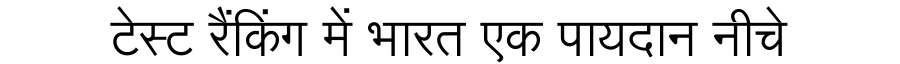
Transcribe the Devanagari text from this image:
टेस्ट रैंकिंग में भारत एक पायदान नीचे